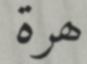
ھرة